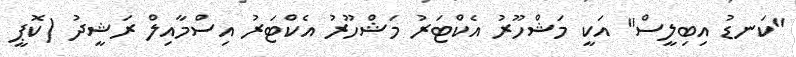
"ކަނޑު އިބިލީސް" އަކީ މަޝްހޫރު އެކްޓަރު މަޝްހޫރު އެކްޓަރު އިސްމާއިލް ރަޝީދު (ކޮޕީ